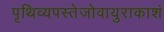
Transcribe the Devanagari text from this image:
पृथिव्यपस्तेजोवायुराकाशं